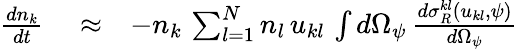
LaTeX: \begin{array}{rlr}{\frac{dn_{k}}{dt}}&{{}\approx}&{-n_{k}\, \sum_{l=1}^{N}n_{l}\, u_{kl}\, \int d\Omega_{\psi}\, \frac{d\sigma_{R}^{kl}\left(u_{kl},\psi\right)}{d\Omega_{\psi}}}\end{array}